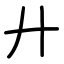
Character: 廾